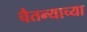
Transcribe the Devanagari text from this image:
चैतन्याच्या